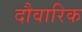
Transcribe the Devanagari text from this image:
दौवारिक